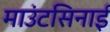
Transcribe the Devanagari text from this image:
माउंटसिनाई